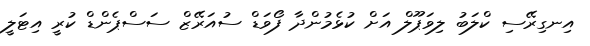
އިނގިރޭސި ކްލަބު ލިވަޕޫލް އަށް ކުޅެމުންދާ ފޯވަޑް ސުއަރޭޒް ސަސްޕެންޑް ކުރީ އިޓަލީ